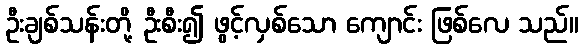
ဦးချစ်သန်းတို့ ဦးစီး၍ ဖွင့်လှစ်သော ကျောင်း ဖြစ်လေ သည်။